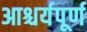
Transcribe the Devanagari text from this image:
आश्चर्यपूर्ण